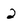
Character: 2